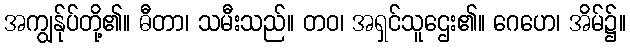
အကျွန်ုပ်တို့၏။ ဓီတာ၊ သမီးသည်။ တဝ၊ အရှင်သူဌေး၏။ ဂေဟေ၊ အိမ်၌။